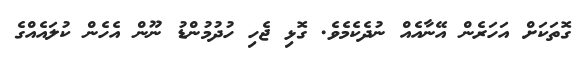
ގޮތަކަށް އަހަރެން އޭނާއެއް ނުދެކެމެވެ. ގޮޅި ޖެހި ހުދުމުންޑު ނޫން އެހެން ކުލައެއްގެ